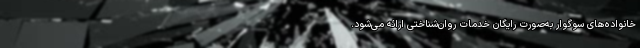
خانواده‌های سوگوار به‌صورت رایگان‌ خدمات روان‌شناختی ارائه می‌شود.